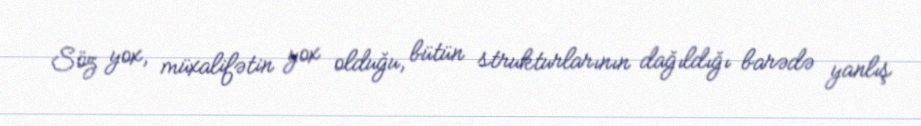
Söz yox, müxalifətin yox olduğu, bütün strukturlarının dağıldığı barədə yanlış